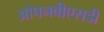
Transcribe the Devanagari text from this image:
ओपनबीएसडी